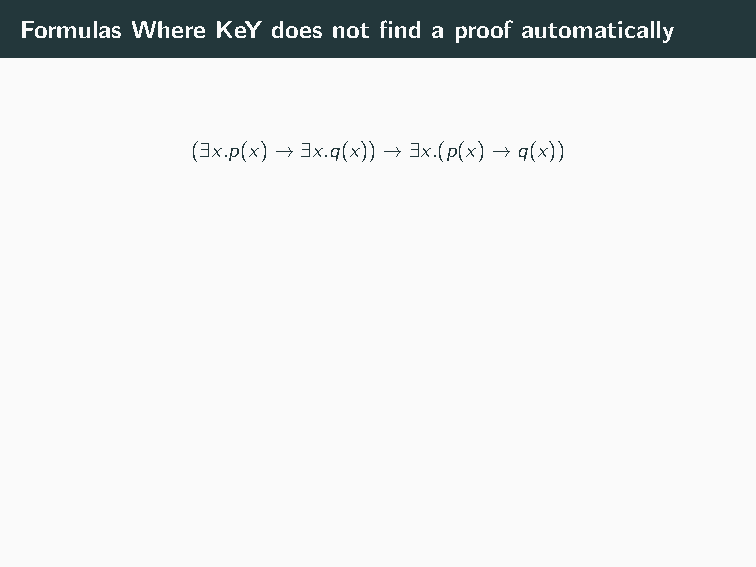
close
 ψ(c),φ(c)=⇒ψ(c))
 impLeft
 ψ(c)=⇒φ(c)→ψ(c))
 exRight
 ?             ψ(c)=⇒∃x.(φ(x)→ψ(x))
 ?                    exLeft
 =⇒∃x.φ(x),∃x.(φ(x)→ψ(x)) ∃x.ψ(x)=⇒∃x.(φ(x)→ψ(x))
 impLeft
 ∃x.φ(x)→∃x.ψ(x)=⇒∃x.(φ(x)→ψ(x))
 impRight
 =⇒(∃x.φ(x)→∃x.ψ(x))→∃x.(φ(x)→ψ(x))
 Problem: No ground term available for quantifier instantiation.
 Formulas Where KeY does not find a proof automatically
 (∃x.p(x)→∃x.q(x))→∃x.(p(x)→q(x))